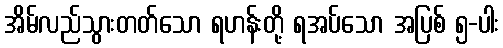
အိမ်လည်သွားတတ်သော ရဟန်းတို့ ရအပ်သော အပြစ် ၅-ပါး